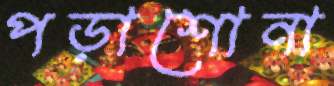
পড়াশোনা